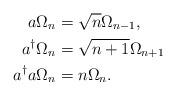
LaTeX: \begin{align*}a\Omega_{n} & =\sqrt{n}\Omega_{n-1},\\a^{\dag}\Omega_{n} & =\sqrt{n+1}\Omega_{n+1}\\a^{\dag}a\Omega_{n} & =n\Omega_{n}. \end{align*}